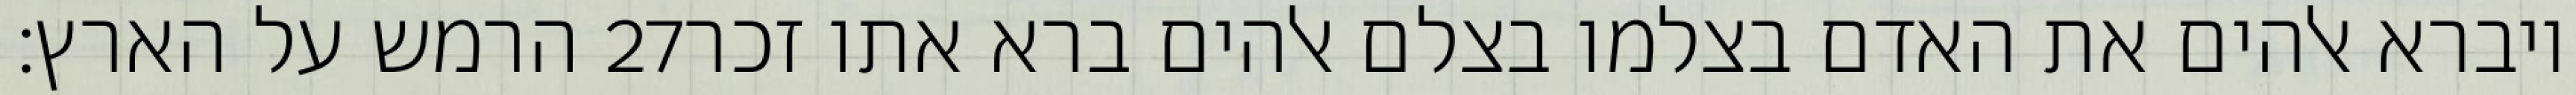
הרמש על הארץ׃ ‎27‏ ויברא אלהים את האדם בצלמו בצלם אלהים ברא אתו זכר